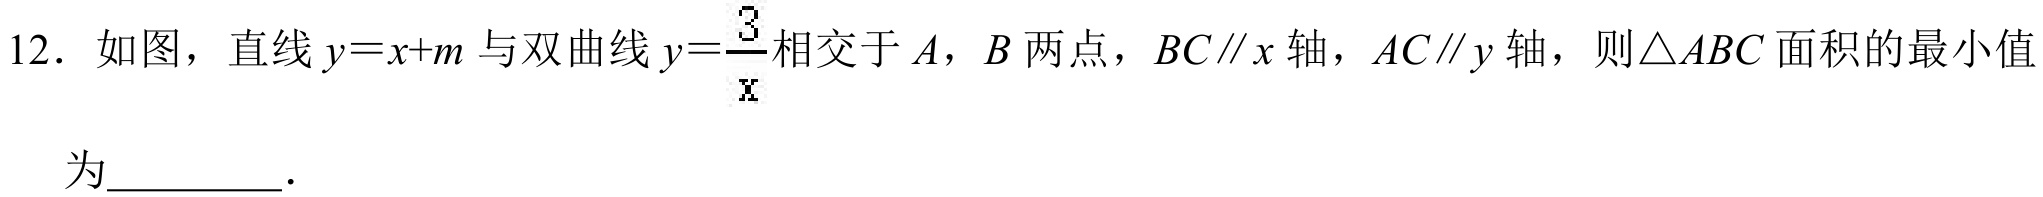
12. 如图，直线\(y = x + m\)与双曲线\(y=\frac{3}{x}\)相交于\(A\)，\(B\)两点，\(BC\parallel x\)轴，\(AC\parallel y\)轴，则\(\triangle ABC\)面积的最小值为_________．